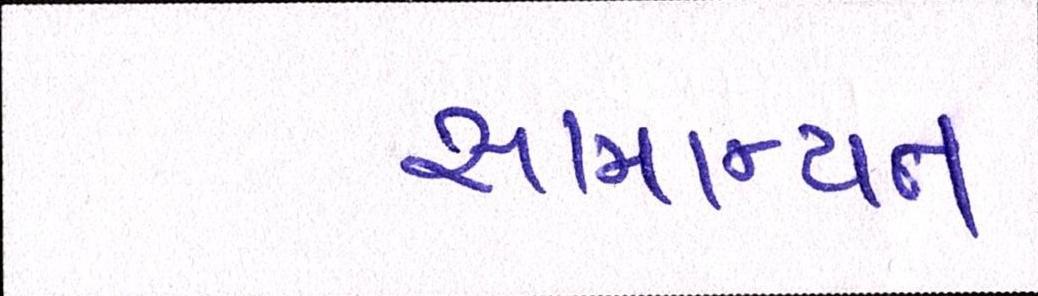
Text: સામાન્યતઃ